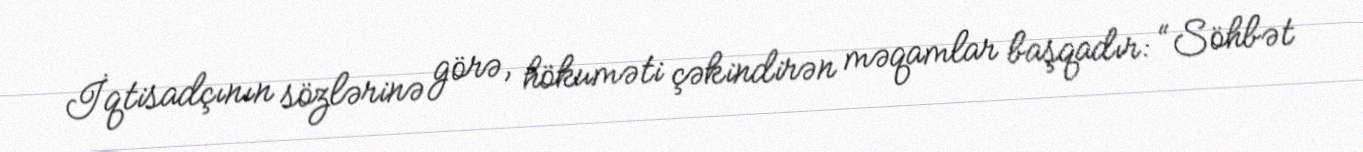
İqtisadçının sözlərinə görə, hökuməti çəkindirən məqamlar başqadır: “Söhbət